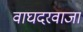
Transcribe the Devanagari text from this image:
वाघदरवाजा